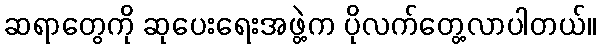
ဆရာတွေကို ဆုပေးရေးအဖွဲ့က ပိုလက်တွေ့လာပါတယ်။